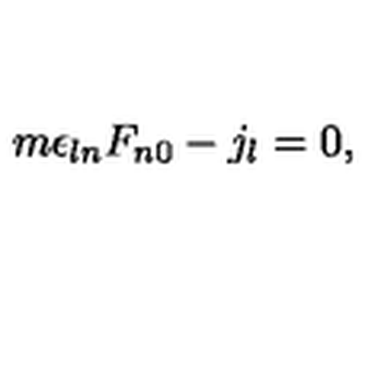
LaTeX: m \epsilon _ { l n } F _ { n 0 } - j _ { l } = 0 ,